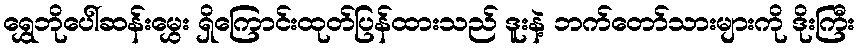
ရွှေဘိုပေါ်ဆန်းမွှေး ရှိကြောင်းထုတ်ပြန်ထားသည် ဒူးနဲ့ ဘက်တော်သားများကို ဒိုးကြီး